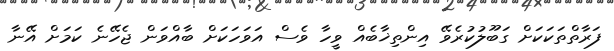
ފަރާތްތަކަކަށް ގަބޫލުކުރެވޭ އިންތިޚާބެއް ވީހާ ވެސް އަވަހަކަށް ބާއްވަން ޖެހޭނެ ކަމަށް އޭނާ